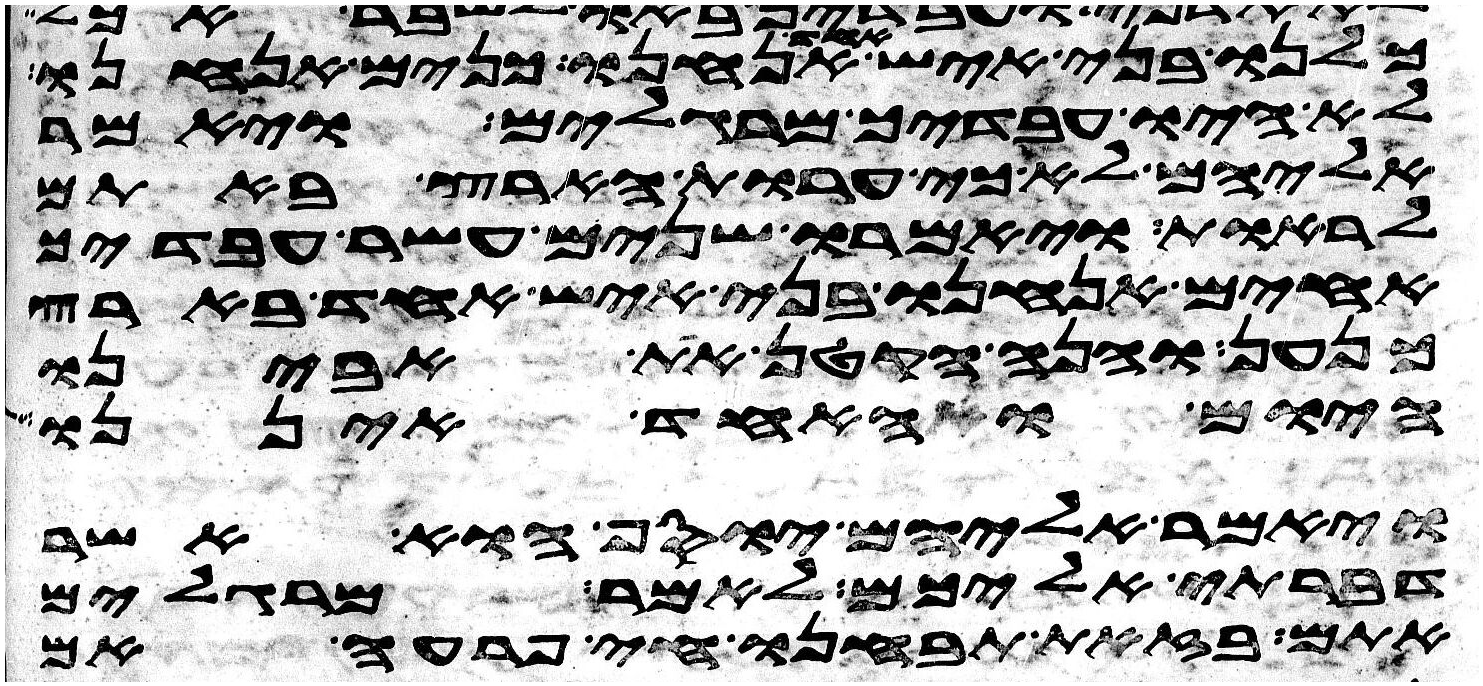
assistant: כלנו בני איש אחד אנחנו כנים אנחנו
לא היו עבדיך מרגלים ויאמר
אליהם לא כי ערות הארץ באתם
לראות ויאמרו שנים עשר עבדיך
אחים אנחנו בני איש אחד בארץ
כנען והנה הקטן את אבינו
היום והאחד איננו
ויאמר אליהם יוסף הוא אשר
דברתי אליכם לאמר מרגלים
אתם בזאת תבחנו חי פרעה אם